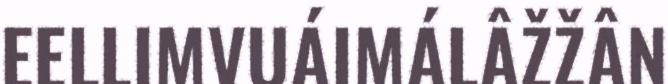
EELLIMVUÁIMÁLÂŽŽÂN